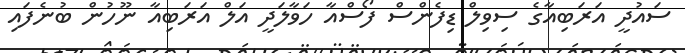
ސައުދީ އަރަބިއާގެ ސިވިލް ޑިފެންސް ފޯސްއާ ހަވާލަދީ އަލް އަރަބިއާ ނޫހުން ބުނެފައި